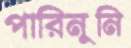
পারিনুনি